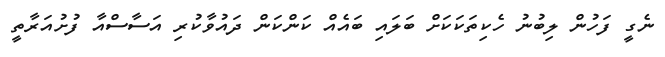
ނެގީ ފަހުން ލިބުނު ހެކިތަކަކަށް ބަލައި ބައެއް ކަންކަން ދައުވާކުރި އަސާސްއާ ފުށުއަރާތީ